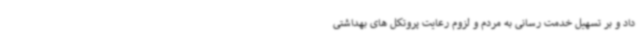
داد و بر تسهیل خدمت رسانی به مردم و لزوم رعایت پروتکل های بهداشتی